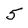
Character: 5